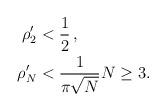
LaTeX: \begin{align*} \rho_2'&<\frac{1}{2}\,,\\\rho_N'&<\frac{1}{\pi\sqrt{N}}N\geq 3. \end{align*}